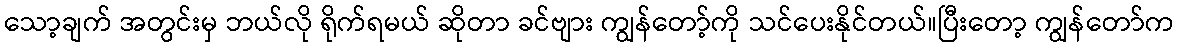
သော့ချက် အတွင်းမှ ဘယ်လို ရိုက်ရမယ် ဆိုတာ ခင်ဗျား ကျွန်တော့်ကို သင်ပေးနိုင်တယ်။ပြီးတော့ ကျွန်တော်က